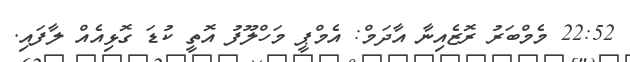
22:52 މެމްބަރު ރޮޒެއިނާ އާދަމް: އެމްޕީ މަހްލޫފު އޮތީ ކުޑަ ގޮޅިއެއް ލާފައި.